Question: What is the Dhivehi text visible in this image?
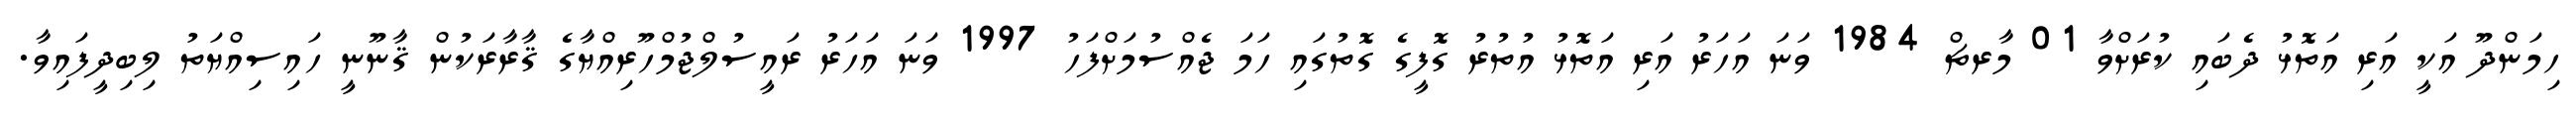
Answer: ހިމަންދޫ އަކީ އަރި އަތޮޅު ދެބައި ކުރަށްވާ 01 މާރޗް 1984 ވަނަ އަހަރު އަރި އަތޮޅު އުތުރު ގޮފީގެ ގޮތުގައި ހަމަ ޖެއްސުމަށްފަހު 1997 ވަނަ އަހަރު ރައީސުލްޖުމްހޫރިއްޔާގެ ޤާރާރަކުން ޤާނޫނީ ހައިސިއްޔަތު ލިބިދީފައިވާ.